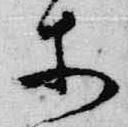
等